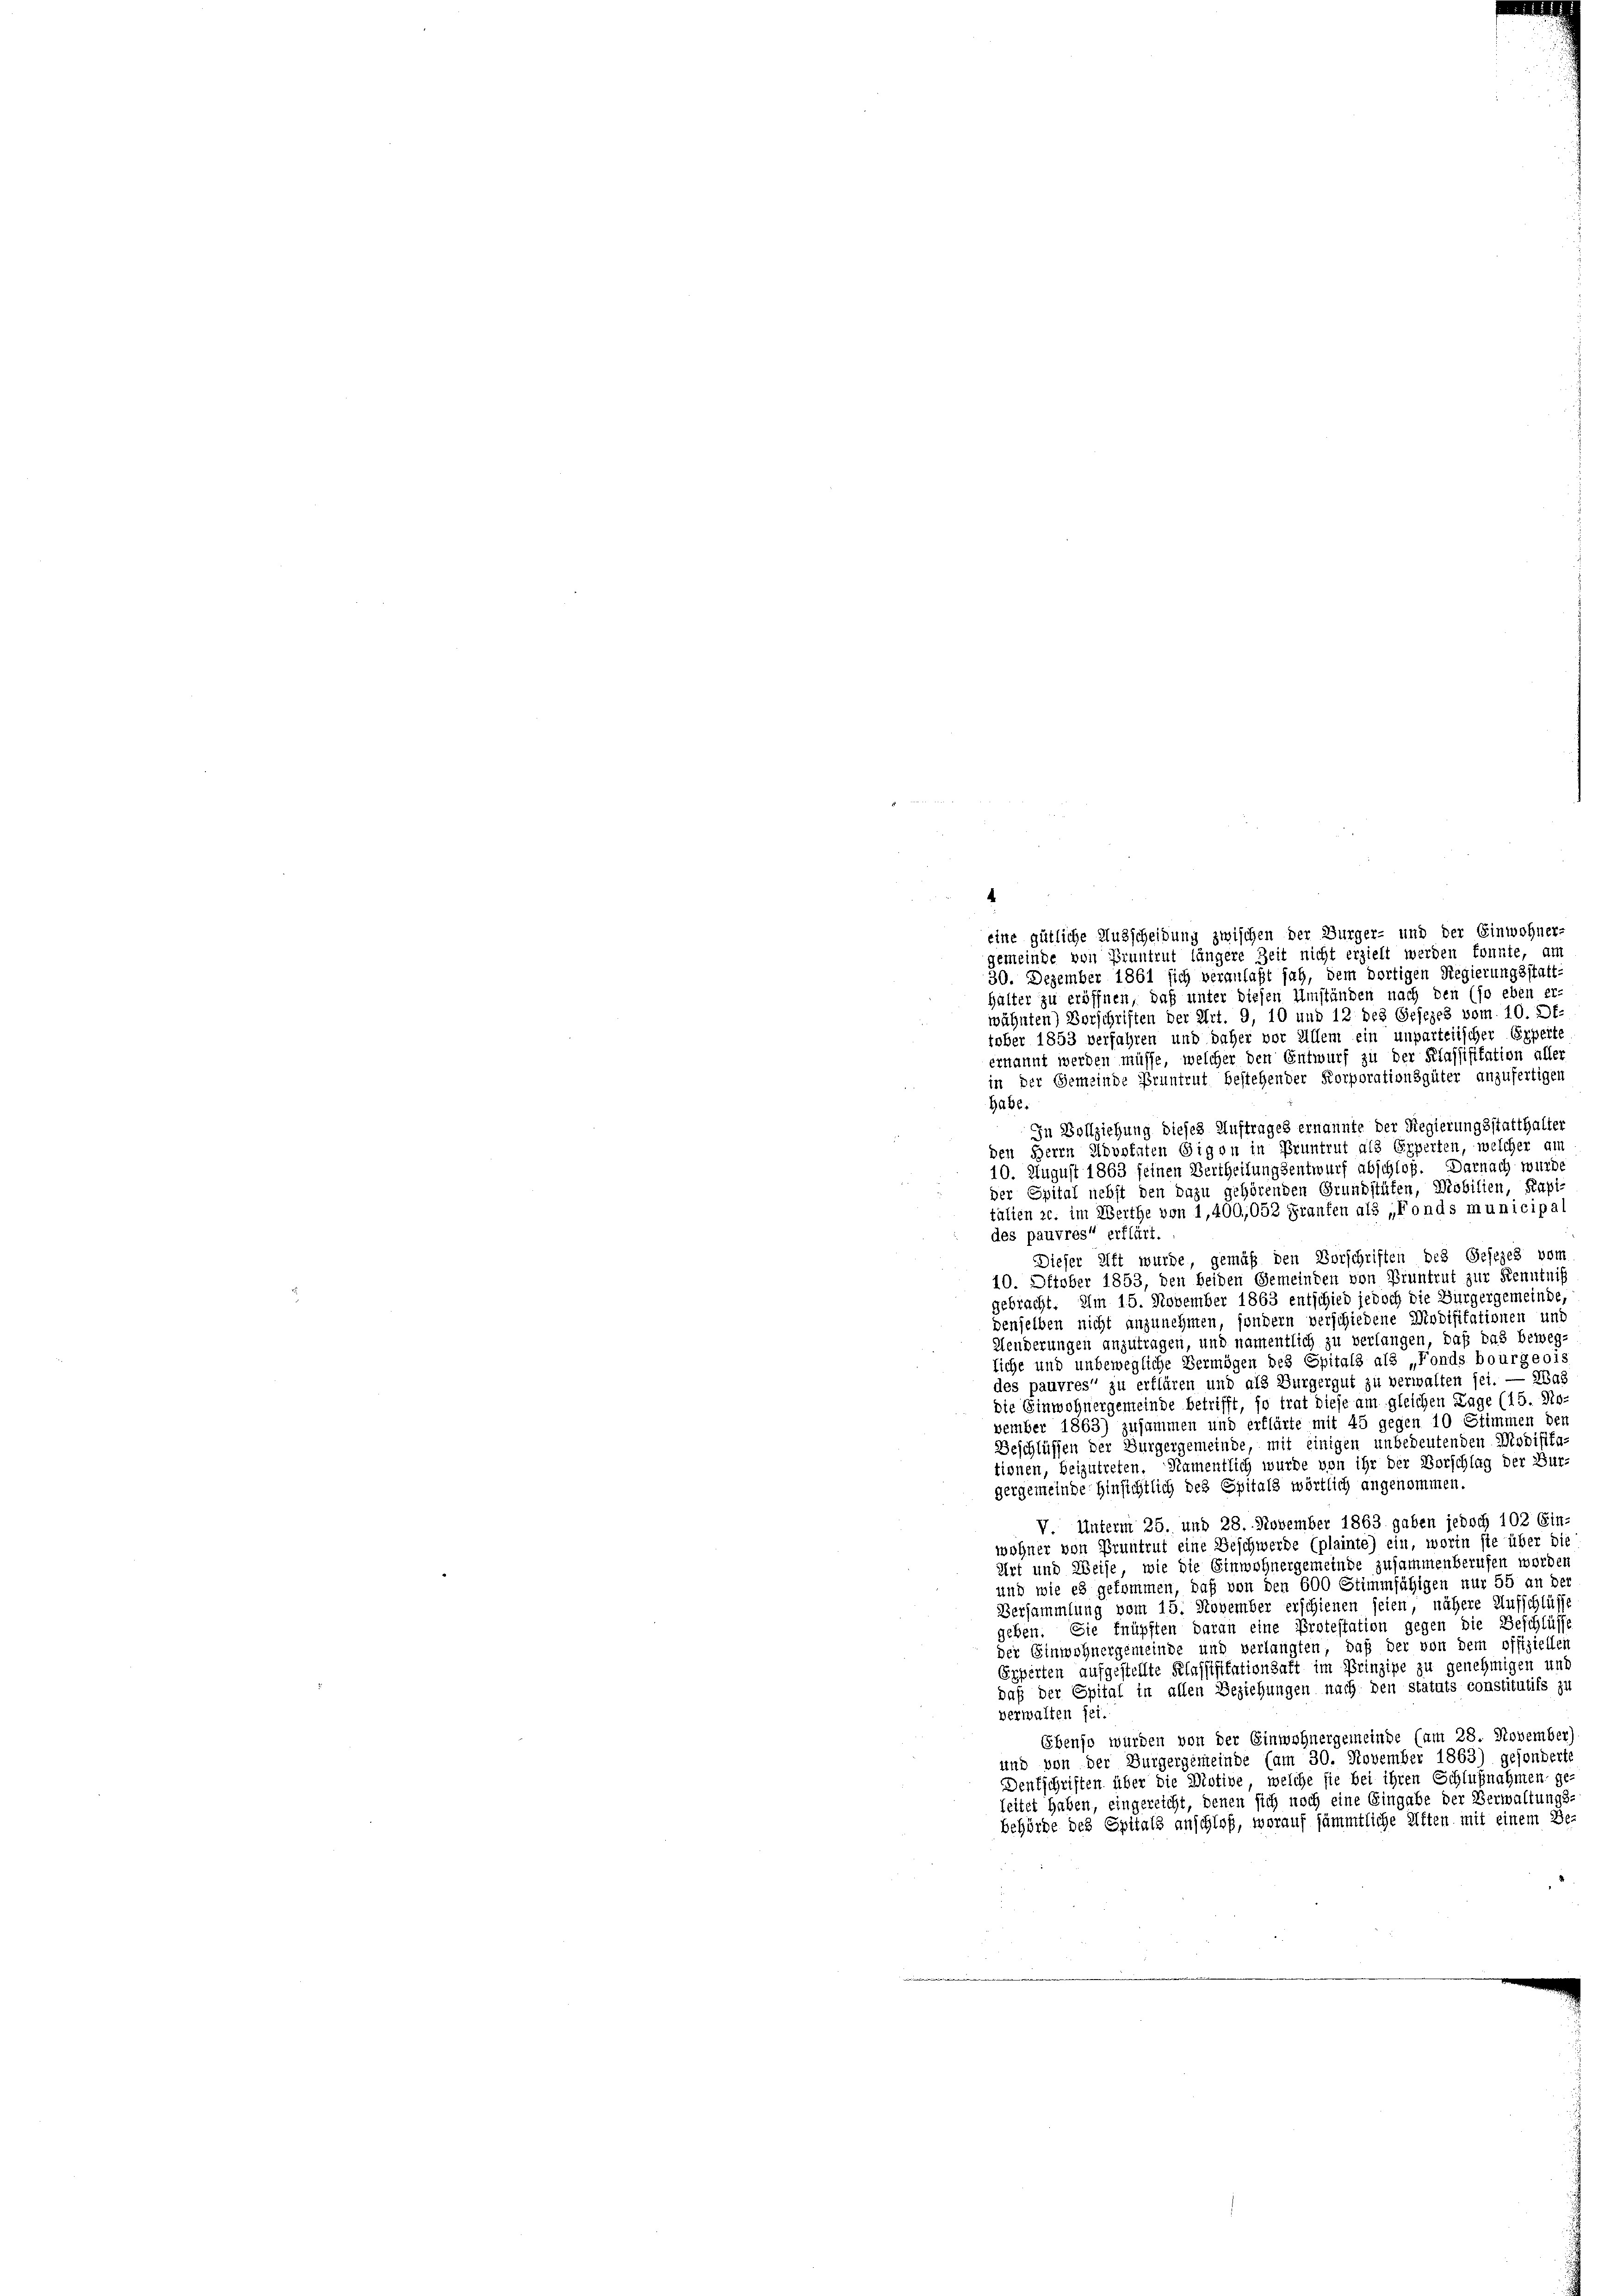
eine gütliche Ausscheidung zwischen der Bürger- und der Einwohner-
gemeinde von Pruntrut längere Zeit nicht erzielt werden konnte, am
30. Dezember 1861 sich veranlaßt sah, dem dortigen Regierungsstatt-
halter zu eröffnen, daß unter diesen Umständen nach den (so eben er-
wähnten) Vorschriften der Art. 9, 10 und 12 des Gesezes vom 10. Of-
tober 1853 verfahren und daher vor Allem ein unparteiischer Experte
ernannt werden müsse, welcher den Entwurf zu der Klassifikation aller
in der Gemeinde Pruntrut bestehender Korporationsgüter anzufertigen
habe.
10. August 1863 seinen Vertheilungsentwurf abschloß. Darnach wurde
der Spital nebst den dazu gehörenden Grundstäten, Mobilien, Kapi-
des pauvres“ erflürt.
Dieser Aft wurde, gemäß den Vorschriften des Gesezes vom
10. Oktober 1853, den beiden Gemeinden von Bruntrut zur Kenntniß
gebracht. Am 15. November 1863 entschied jedoch die Bürgergemeinde,
denselben nicht anzunehmen, sondern verschiedene Diodisitationen und
Henderungen anzutragen, und namentlich zu verlangen, daß das beweg-
liche und unbewegliche Vermögen des Spitals als „Fonds bourgeois
des pauvres“ zu erklären und als Burgergut zu verwalten sei. — Was
die Einwohnergemeinde betrifft, so trat diese am gleichen Tage (15. No-
vember 1863) zusammen und erflärte mit 45 gegen 10 Stimmen der
Beschlüssen der Burgergemeinde, mit einigen unbedeutenden Modifika-
tionen, beizutreten. Namentlich wurde von ihr der Vorschlag der Bur-
gergemeinde Hinsichtlich des Spitals wörtlich angenommen.
V Unterm 25. und 28. November 1863 gaben jedoch 102 Ein-
wohner von Pruntrut eine Beschwerde (plainte) ein, worin sie über die
Art und Weise, wie die Einwohnergemeinde zusammenberufen worden
und wie es gekommen, daß von den 600 Stimmfähigen nur 55 an der
Versammlung vom 15. November erschienen seien, nähere Aufschlüsse
geben. Sie knüpften daran eine Protestation gegen die Beschlüsse
der Einwohnergemeinde und verlangten, daß der von dem offiziellen
Experten aufgestellte Klassifikationsaft im Prinzipe zu genehmigen und
daß der Spital in allen Beziehungen nach den statuts constitutifs zu
verwalten sei.
Ebenso würden von der Einwohnergemeinde (um 28. November)
und von der Burgergemeinde (am 30. November 1863) gesonderte
Dentschriften über die Motive, welche sie bei ihren Schlußnahmen ge-
leitet haben, eingereicht, denen sich noch eine Eingabe der Verwaltungs-
behörde des Spitals anschloß, worauf sämmtliche Aften mit einem Be-

.

In Vollziehung dieses Auftrages ernannte der Regierungsstatthalter
den Herrn Advokaten Eigen in Pruntrut als Experten, welcher am

talien c. im Werthe von 1,400,052 Fraufen als „Fonds municipal